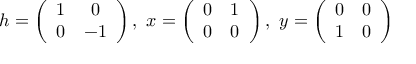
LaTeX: h = \left( \begin{array} { c c } { { 1 } } & { { 0 } } \\ { { 0 } } & { { - 1 } } \end{array} \right) , \ x = \left( \begin{array} { c c } { { 0 } } & { { 1 } } \\ { { 0 } } & { { 0 } } \end{array} \right) , \ y = \left( \begin{array} { c c } { { 0 } } & { { 0 } } \\ { { 1 } } & { { 0 } } \end{array} \right)